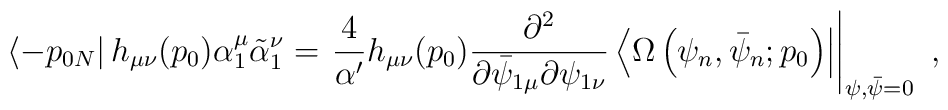
\left\langle -p_{0N}\right|h_{\mu\nu}(p_{0})   \alpha_{1}^{\mu}\tilde{\alpha}^{\nu}_{1}= \left.  \frac{4}{\alpha'}h_{\mu\nu}(p_{0})  \frac{\partial^{2}}{\partial \bar{\psi}_{1\mu}\partial \psi_{1\nu}}  \left\langle \Omega \left(\psi_{n},\bar{\psi}_{n};p_{0}\right)  \right| \right|_{\psi,\bar{\psi}=0}~,